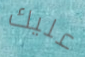
عليك